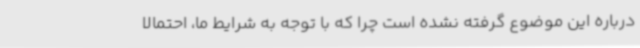
درباره این موضوع گرفته نشده است چرا که با توجه به شرایط ما، احتمالا